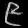
Digit: ၉